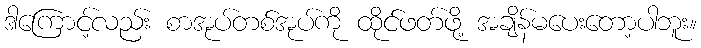
ဒါကြောင့်လည်း စာအုပ်တစ်အုပ်ကို ထိုင်ဖတ်ဖို့ အချိန်မပေးတော့ပါဘူး။